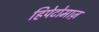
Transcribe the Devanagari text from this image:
हिपेटोमाज़